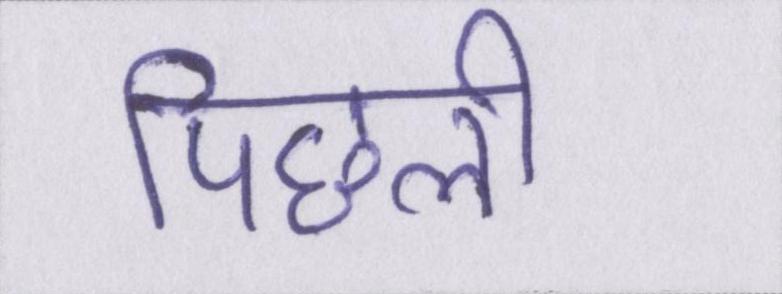
पिछली